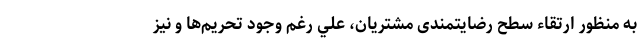
به منظور ارتقاء سطح رضایتمندی مشتریان، علي رغم وجود تحريم‌ها و نیز